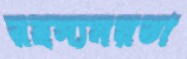
রহস্যময়তা